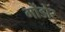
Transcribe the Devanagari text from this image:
गोंडोर